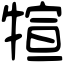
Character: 𤚗